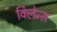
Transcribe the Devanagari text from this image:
विलेन्स